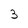
Character: 3